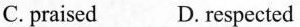
C. praised D. respected